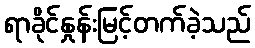
ရာခိုင်နှုန်းမြင့်တက်ခဲ့သည်